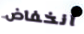
انخفاض